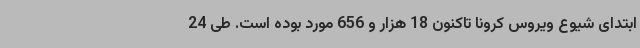
ابتدای شیوع ویروس کرونا تاکنون 18 هزار و 656 مورد بوده است. طی 24